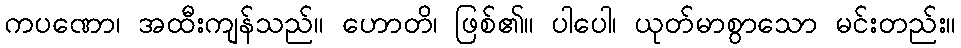
ကပဏော၊ အထီးကျန်သည်။ ဟောတိ၊ ဖြစ်၏။ ပါပေါ၊ ယုတ်မာစွာသော မင်းတည်း။